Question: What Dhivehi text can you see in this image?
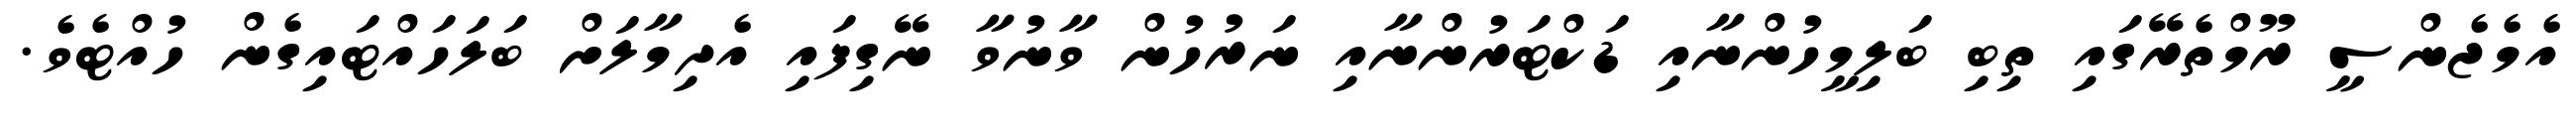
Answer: އެމެޖެންސީ ރޫމްތެރޭގައި ތިބި ބަލިމީހުންނާއި ޑަކްޓަރުންނާއި ނަރުހުން ވާނުވާ ނޭގިފައި އެދިމާލަށް ބަލަހައްޓައިގެން ހުއްޓެވެ.